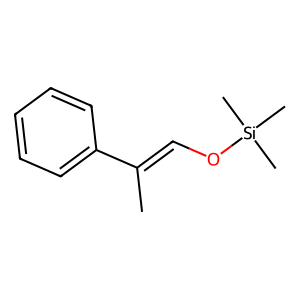
SMILES: CC(=CO[Si](C)(C)C)c1ccccc1
Inhibits HIV replication: No